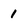
Character: 1